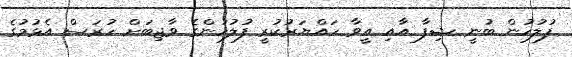
ފުލުހުން ބުނީ ޝިފާ އާއި އީވާ ހައްޔަރުކުރީ ފުލުހުންގެ ވާޖިބަށް ހުރަސް އެޅުމުގެ